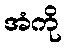
အံကို